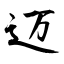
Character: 迈